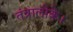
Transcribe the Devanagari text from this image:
तंत्रालोके।